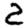
Digit: 2